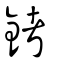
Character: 銬